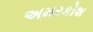
અમરકોશ